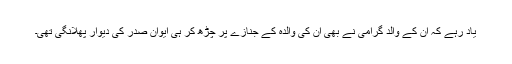
یاد رہے کہ ان کے والد گرامی نے بھی ان کی والدہ کے جنازے پر چڑھ کر ہی ایوان صدر کی دیوار پھلانگی تھی۔